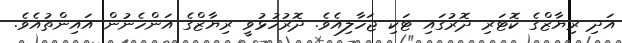
އަދި ރިޔާޒްގެ ކޮޓަރި ދޮރުގައި ޓަކި ޖަހާލިއެވެ. ދޮރުހުޅުވީ ރިޔާޒްގެ އަންހެނުން އައިންތުއެވެ.